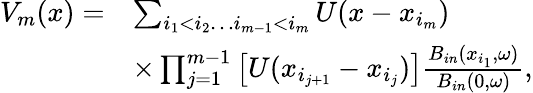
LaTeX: \begin{array}{rl}{V_{m}(x)=}&{\sum_{i_{1}<i_{2}\ldots i_{m-1}<i_{m}}U(x-x_{i_{m}})}\\ &{\times\prod_{j=1}^{m-1}\left[U(x_{i_{j+1}}-x_{i_{j}})\right]\frac{B_{in}(x_{i_{1}},\omega)}{B_{in}(0,\omega)},}\end{array}